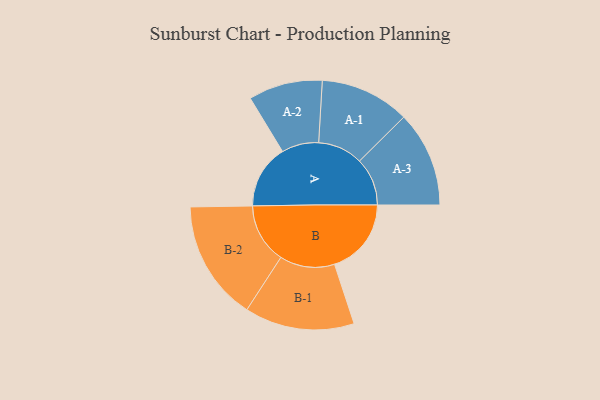
{"axis": {"x": "Segment", "y": "Value"}, "legend": ["", "A", "B"], "data": [{"x": "A", "y": 236, "type": ""}, {"x": "B", "y": 284, "type": ""}, {"x": "A-1", "y": 166, "type": "A"}, {"x": "A-2", "y": 137, "type": "A"}, {"x": "A-3", "y": 177, "type": "A"}, {"x": "B-1", "y": 203, "type": "B"}, {"x": "B-2", "y": 222, "type": "B"}]}